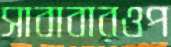
সাবাবারওপ